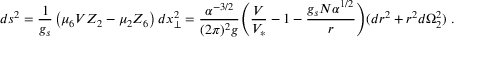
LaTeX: d s ^ { 2 } = { \frac { 1 } { g _ { s } } } \left( \mu _ { 6 } V Z _ { 2 } - \mu _ { 2 } Z _ { 6 } \right) d x _ { \perp } ^ { 2 } = { \frac { \alpha ^ { - 3 / 2 } } { ( 2 \pi ) ^ { 2 } g } } \Biggl ( \frac { V } { V _ { * } } - 1 - \frac { g _ { s } N \alpha ^ { 1 / 2 } } { r } \Biggr ) ( d r ^ { 2 } + r ^ { 2 } d \Omega _ { 2 } ^ { 2 } ) \ .